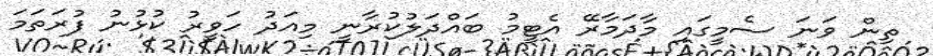
ތިން ވަނަ ސެމީގައި މާދަމާރޭ އެޓީމު ބައްދަލުކުރާނީ މިއަދު ހަވީރު ކުޅުނު ފުރަތަމަ